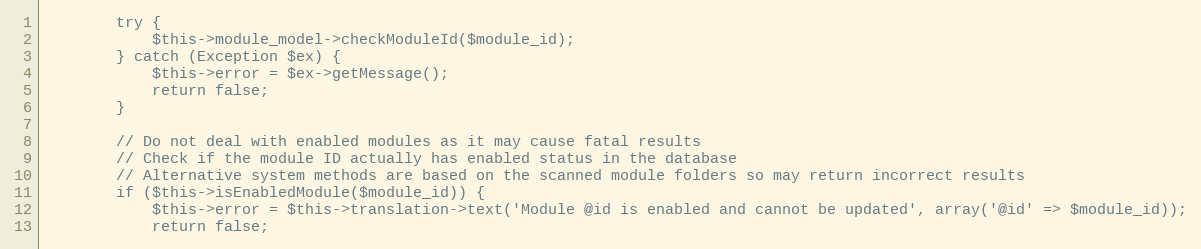
Language: PHP
        try {
            $this->module_model->checkModuleId($module_id);
        } catch (Exception $ex) {
            $this->error = $ex->getMessage();
            return false;
        }

        // Do not deal with enabled modules as it may cause fatal results
        // Check if the module ID actually has enabled status in the database
        // Alternative system methods are based on the scanned module folders so may return incorrect results
        if ($this->isEnabledModule($module_id)) {
            $this->error = $this->translation->text('Module @id is enabled and cannot be updated', array('@id' => $module_id));
            return false;